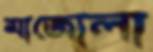
মাজোলা